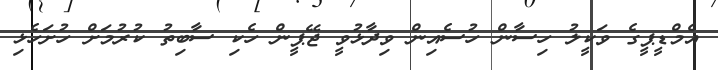
އެމްޑީޕީގެ ވަކީލު ހިސާން ހުސެއިން ވިދާޅުވީ ޖޭޕީން ހެކި ސާބިތު ކުރުމަށް ހުށަހެޅި